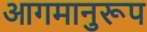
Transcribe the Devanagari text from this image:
आगमानुरूप